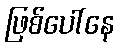
ဖြစ်ပေါ်နေ